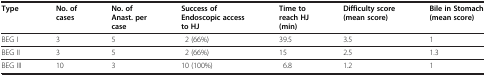
| Type | No. of cases | No. of Anast. per case | Success of Endoscopic access to HJ | Time to reach HJ (min) | Difficulty score (mean score) | Bile in Stomach (mean score) |
 | --- | --- | --- | --- | --- | --- | --- |
 | BEG I | 3 | 5 | 2 (66%) | 39.5 | 3.5 | 1 |
 | BEG II | 3 | 5 | 2 (66%) | 15 | 2.5 | 1.3 |
 | BEG III | 10 | 3 | 10 (100%) | 6.8 | 1.2 | 1 |